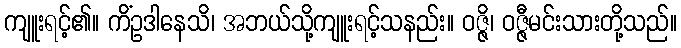
ကျူးရင့်၏။ ကိံဥဒါနေသိ၊ အဘယ်သို့ကျူးရင့်သနည်း။ ဝဇ္ဇိ၊ ဝဇ္ဇီမင်းသားတို့သည်။